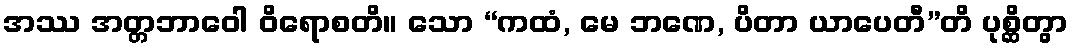
အဿ အတ္တဘာဝေါ ဝိရောစတိ။ သော “ကထံ, မေ ဘဏေ, ပိတာ ယာပေတီ”တိ ပုစ္ဆိတွာ